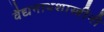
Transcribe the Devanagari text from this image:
वैद्यनाथशास्त्रींनी